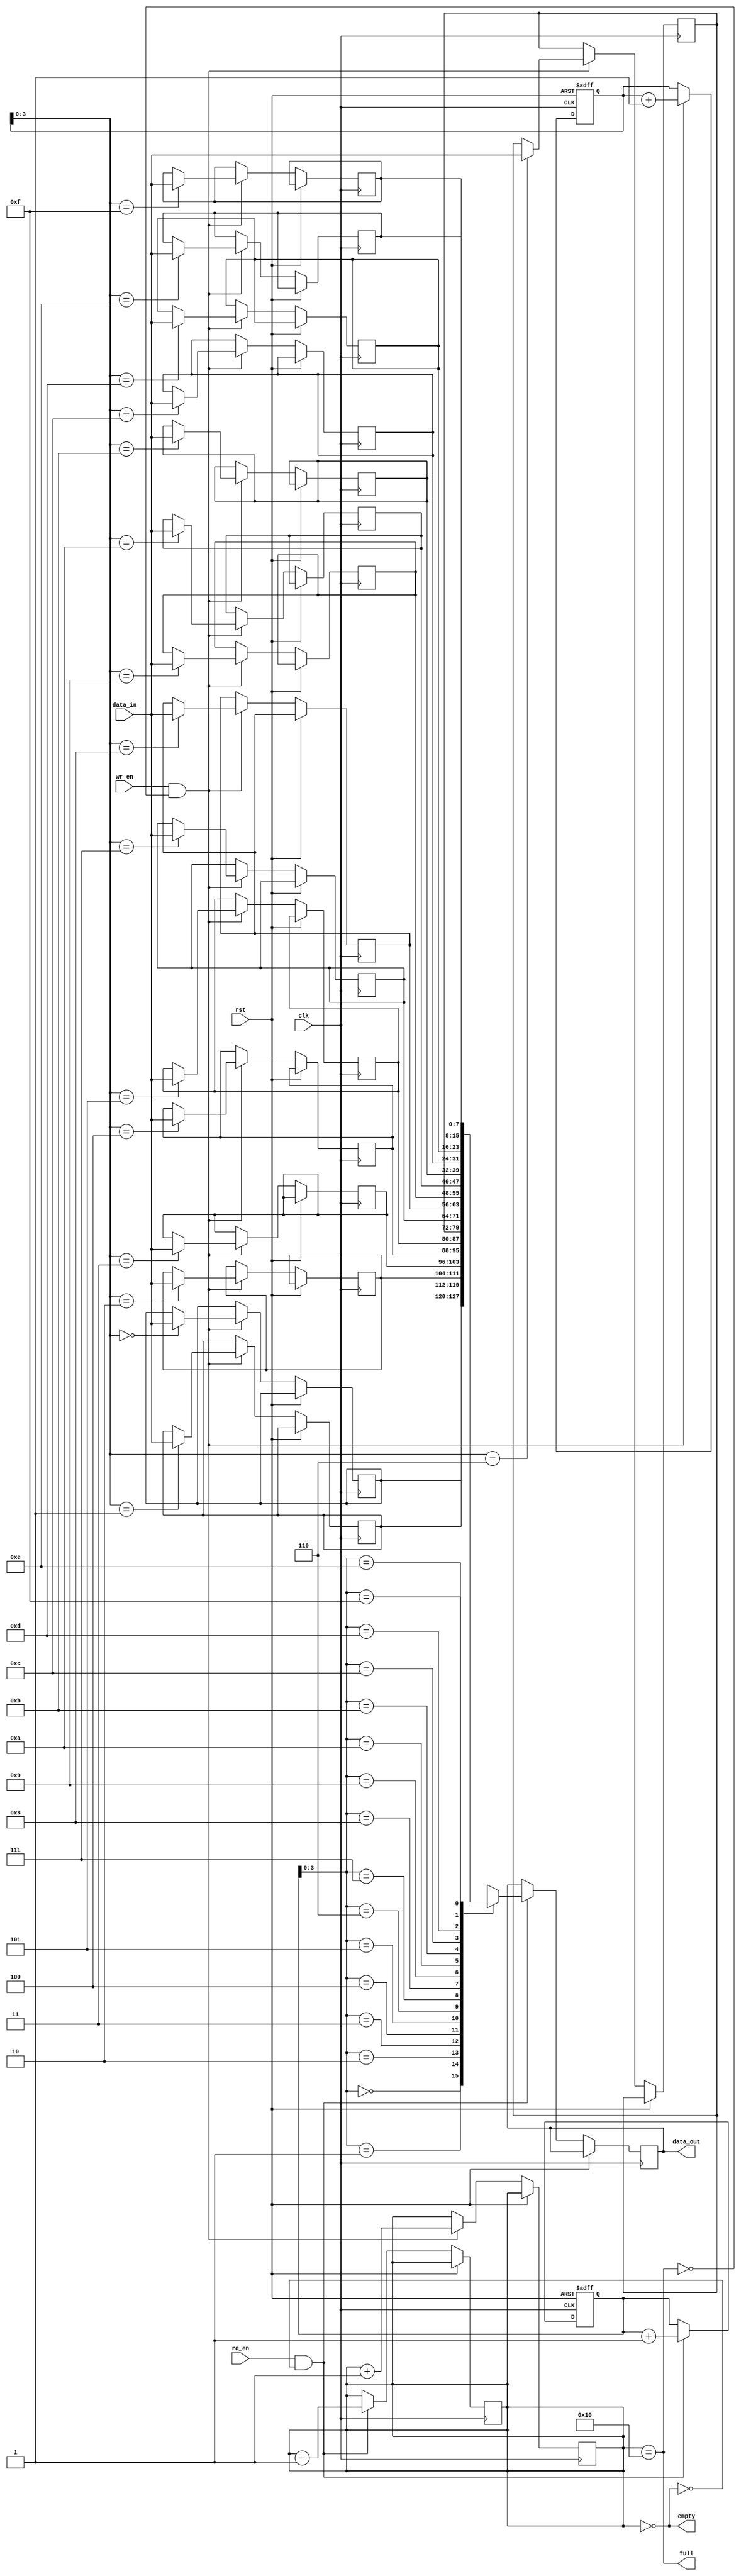
module parametrizable_fifo #(
  parameter DATA_WIDTH = 8,  // Number of bits in each data element
  parameter DEPTH = 16       // Number of elements in the FIFO buffer
)(
  input wire clk,            // Clock signal
  input wire rst,            // Reset signal
  input wire wr_en,          // Write enable signal
  input wire rd_en,          // Read enable signal
  input wire [DATA_WIDTH-1:0] data_in,    // Input data
  output reg [DATA_WIDTH-1:0] data_out,   // Output data
  output reg full,           // FIFO full flag
  output reg empty           // FIFO empty flag
);

  reg [DATA_WIDTH-1:0] fifo [DEPTH-1:0];  // FIFO buffer
  reg [DATA_WIDTH-1:0] wr_ptr;            // Write pointer
  reg [DATA_WIDTH-1:0] rd_ptr;            // Read pointer
  reg [DATA_WIDTH-1:0] count;             // Number of elements in FIFO

  // FIFO write operation
  always @(posedge clk or posedge rst)
  begin
    if (rst)
    begin
      wr_ptr <= 0;
    end
    else if (wr_en && !full)
    begin
      fifo[wr_ptr] <= data_in;
      wr_ptr <= wr_ptr + 1;
      count <= count + 1;
    end
  end

  // FIFO read operation
  always @(posedge clk or posedge rst)
  begin
    if (rst)
    begin
      rd_ptr <= 0;
    end
    else if (rd_en && !empty)
    begin
      data_out <= fifo[rd_ptr];
      rd_ptr <= rd_ptr + 1;
      count <= count - 1;
    end
  end

  // Update full and empty flags
  always @(*)
  begin
    full = (count == DEPTH);
    empty = (count == 0);
  end

endmodule